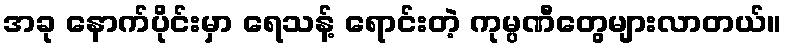
အခု နောက်ပိုင်းမှာ ရေသန့် ရောင်းတဲ့ ကုမ္ပဏီတွေများလာတယ်။